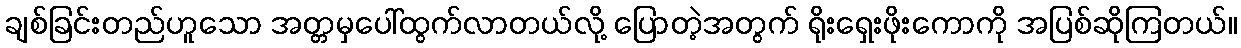
ချစ်ခြင်းတည်ဟူသော အတ္တမှပေါ်ထွက်လာတယ်လို့ ပြောတဲ့အတွက် ရိုးရှေးဖိုးကောကို အပြစ်ဆိုကြတယ်။